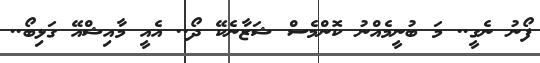
ފޯނު ނެގީ.. މަ ބުނީމެއްނު ކޮންމެސް ޝަޒާނެކޭ ދޯ.. އެއީ މާއިޝްއޭ ގަޅިބޯ..